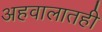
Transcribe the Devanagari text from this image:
अहवालातही